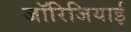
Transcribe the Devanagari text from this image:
जॉरिजियाई